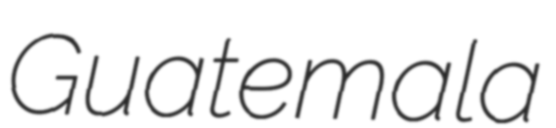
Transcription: Guatemala